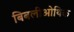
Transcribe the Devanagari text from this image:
बिबलीओथिक